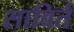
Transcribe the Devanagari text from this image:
साविर्त